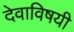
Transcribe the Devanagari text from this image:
देवाविषयी